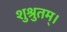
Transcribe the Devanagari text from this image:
शुश्रुतम्।